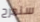
سنمرح